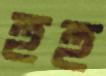
হুহু